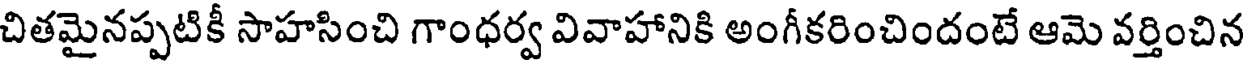
చితమైనప్పటికీ సాహసించి గాంధర్వ వివాహానికి అంగీకరించిందంటే ఆమె వర్తించిన